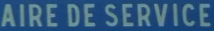
AIRE DE SERVICE